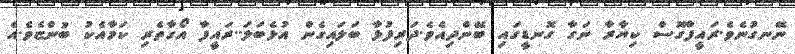
ނޭނގުނެވެ.ރައީފާގޮސް ކިޔާރާ ނަގާ ގޮނޑީގައި ބޭންދިއެވެ.ދަރިފުޅާ ބަލައިގެން އުޅެބަލަ..ރައީފާ އޯގާތެރި ކަމާއެކު ބުންޏެވެ.އެ